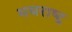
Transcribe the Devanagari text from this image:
मयराष्ट्र